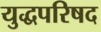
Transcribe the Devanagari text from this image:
युद्धपरिषद